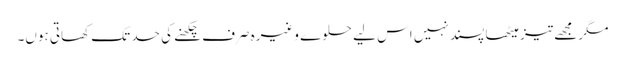
مگر مجھے تیز میٹھا پسند نہیں اس لیے حلوے وغیرہ صرف چکھنے کی حد تک کھاتی ہوں۔